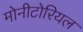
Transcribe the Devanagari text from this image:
मोनीटोरियल